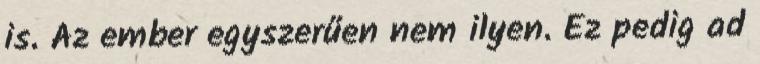
is. Az ember egyszerűen nem ilyen. Ez pedig ad